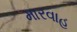
મારવાહ